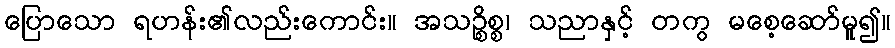
ပြောသော ရဟန်း၏လည်းကောင်း။ အသဉ္စိစ္စ၊ သညာနှင့် တကွ မစေ့ဆော်မူ၍။